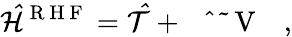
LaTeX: \mathcal{\hat{H}}^{\mathrm{~R~H~F~}}=\mathcal{\hat{T}}+\mathrm{~\mathcal~{~\hat{~}{~\tilde{~}{~V~}~}~}~},